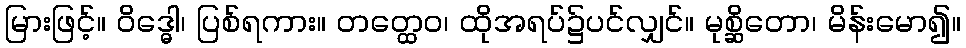
မြားဖြင့်။ ဝိဒ္ဓေါ၊ ပြစ်ရကား။ တတ္ထေဝ၊ ထိုအရပ်၌ပင်လျှင်။ မုစ္ဆိတော၊ မိန်းမော၍။